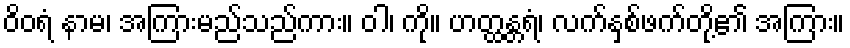
ဝိဝရံ နာမ၊ အကြားမည်သည်ကား။ ဝါ၊ ကို။ ဟတ္ထန္တရံ၊ လက်နှစ်ဖက်တို့၏ အကြား။